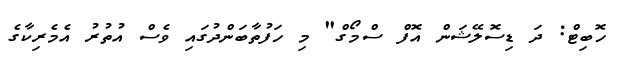
ހޮބިޓް: ދަ ޑިސޮލޭޝަން އޮފް ސްމޯގް" މި ހަފުތާބަންދުގައި ވެސް އުތުރު އެމެރިކާގެ